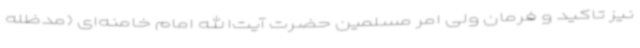
نیز تاکید و فرمان ولی امر مسلمین حضرت آیت‌الله امام خامنه‌ای (مدظله